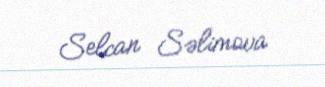
Selcan Səlimova